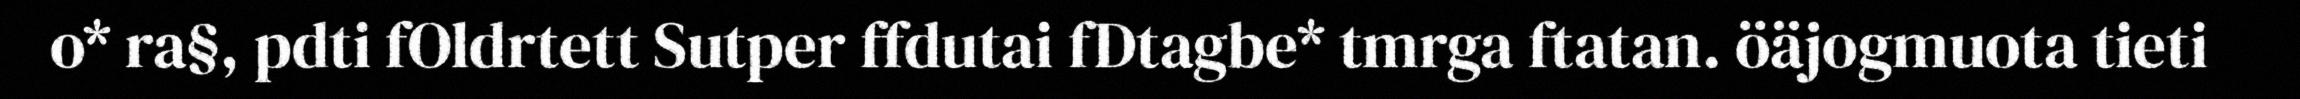
o* ra§, pdti fOldrtett Sutper ffdutai fDtagbe* tmrga ftatan. öäjogmuota tieti